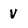
Character: v